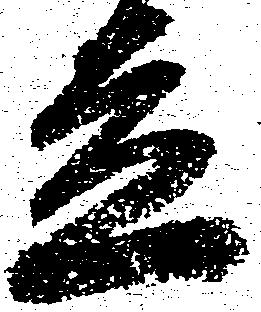
立